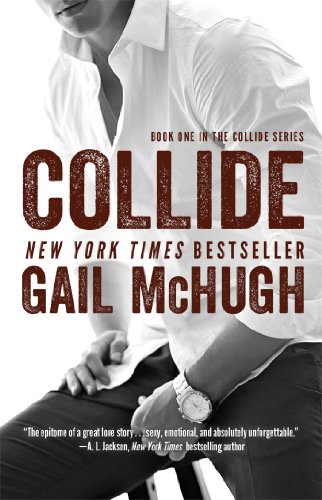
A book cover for Collide: Book One in the Collide Series; Gail McHugh; Romance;